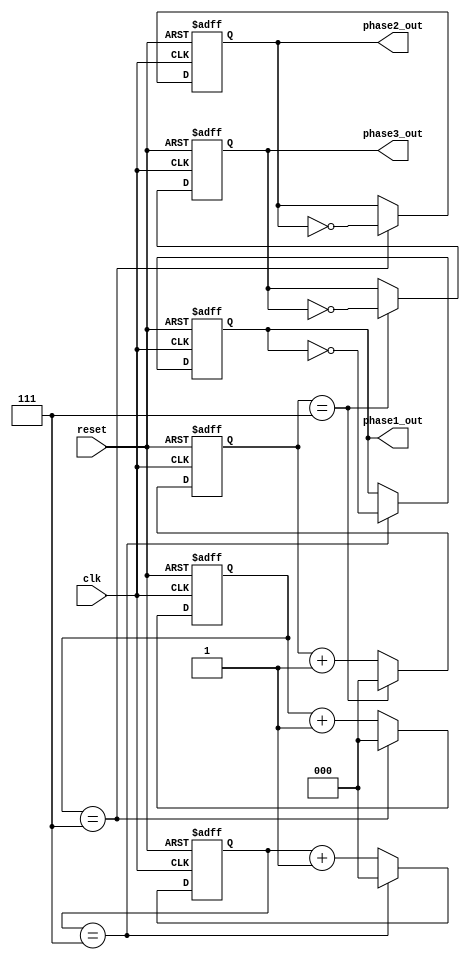
module MultiPhaseClockDivider (
    input wire clk,
    input wire reset,
    output reg phase1_out,
    output reg phase2_out,
    output reg phase3_out
);

reg [2:0] counter1 = 3'b000;
reg [2:0] counter2 = 3'b000;
reg [2:0] counter3 = 3'b000;

always @(posedge clk or posedge reset) begin
    if(reset) begin
        counter1 <= 3'b000;
        counter2 <= 3'b000;
        counter3 <= 3'b000;
        phase1_out <= 1'b0;
        phase2_out <= 1'b0;
        phase3_out <= 1'b0;
    end else begin
        if(counter1 == 3'b111) begin
            counter1 <= 3'b000;
            phase1_out <= ~phase1_out;
        end else begin
            counter1 <= counter1 + 1;
        end
        
        if(counter2 == 3'b111) begin
            counter2 <= 3'b000;
            phase2_out <= ~phase2_out;
        end else begin
            counter2 <= counter2 + 1;
        end
        
        if(counter3 == 3'b111) begin
            counter3 <= 3'b000;
            phase3_out <= ~phase3_out;
        end else begin
            counter3 <= counter3 + 1;
        end
    end
end

endmodule